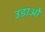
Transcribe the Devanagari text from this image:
उडा़ओ